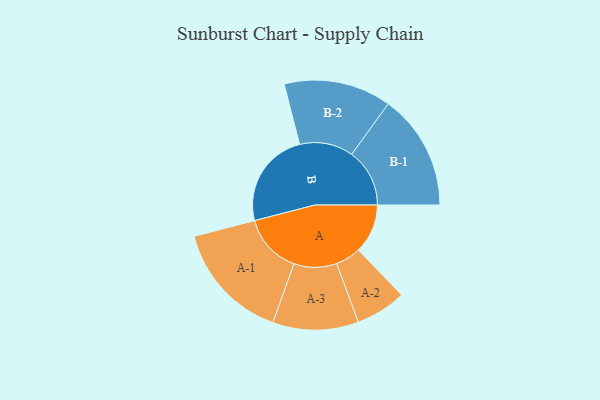
{"axis": {"x": "Segment", "y": "Value"}, "legend": ["", "A", "B"], "data": [{"x": "A", "y": 222, "type": ""}, {"x": "B", "y": 435, "type": ""}, {"x": "A-1", "y": 269, "type": "A"}, {"x": "A-2", "y": 114, "type": "A"}, {"x": "A-3", "y": 193, "type": "A"}, {"x": "B-1", "y": 261, "type": "B"}, {"x": "B-2", "y": 242, "type": "B"}]}